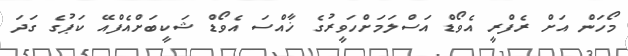
މޯހަން އަށް ރެފްރީ އެވޯޑް އަސްލަމަށްހަވީރުގެ ޚާއްސަ އެވޯޑް ޝަކީބަށްއެފްއޭ ކަޕުގެ ގަދަ